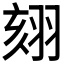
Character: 𦐤